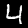
Digit: 4